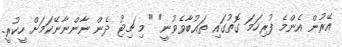
އޭރުން އެންމެ ފުރިހަމަ ގޮތުގައި ތަޢުބާވެވުނީ" "މި ޗިޓު ދެން ނާންނާނޭކަމަށް ހީކުރީ.